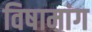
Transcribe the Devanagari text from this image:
विषामांग